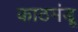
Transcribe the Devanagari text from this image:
काठमंडू